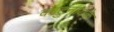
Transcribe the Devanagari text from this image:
काटुनायके